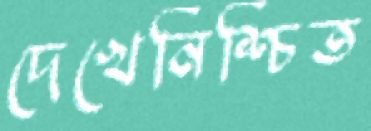
দেখেনিশ্চিত